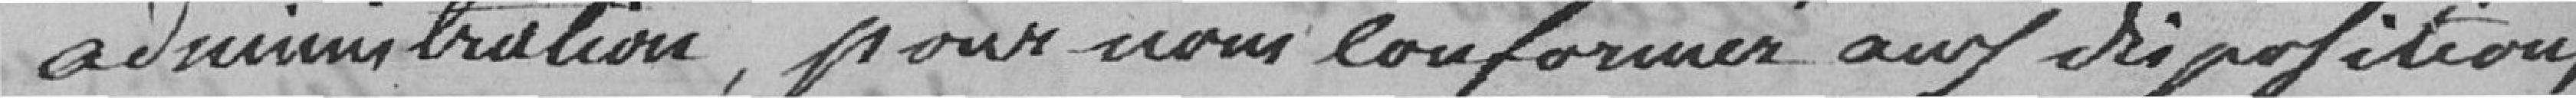
administration, pour nous conformer aux dispositions